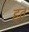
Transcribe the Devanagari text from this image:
ह्व